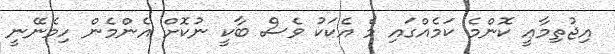
އިޖުތިމާޢީ ކޮންމެ ކަމެއްގައި މެ އެކަކު ވެސް ބާކީ ނުކޮށް އެންމެން ހިމެނޭނީ